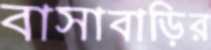
বাসাবাড়ির